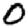
Digit: 0